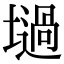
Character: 𡑟